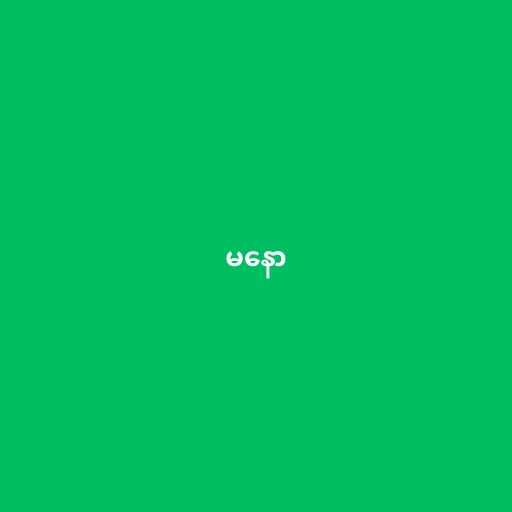
မနော